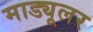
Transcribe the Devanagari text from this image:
माड्यूलर